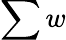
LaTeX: \sum w